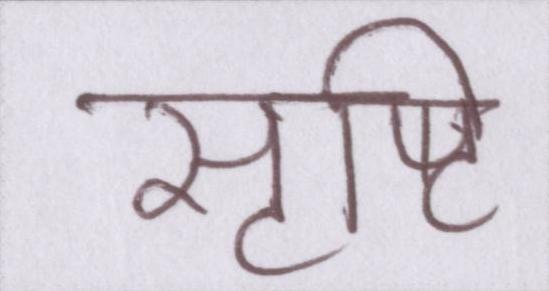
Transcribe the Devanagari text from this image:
सृष्टि